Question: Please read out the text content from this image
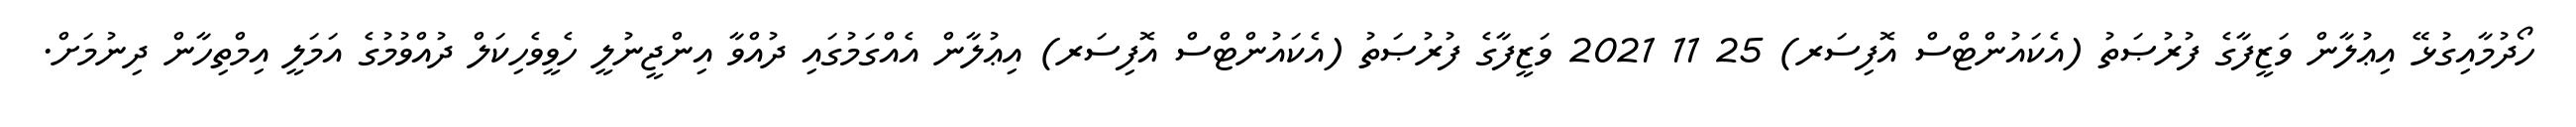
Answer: ހޯދުމާއިގުޅޭ އިޢުލާން ވަޒީފާގެ ފުރުޞަތު (އެކައުންޓްސް އޮފިސަރ) 25 11 2021 ވަޒީފާގެ ފުރުޞަތު (އެކައުންޓްސް އޮފިސަރ) އިޢުލާން އެއްގަމުގައި ދުއްވާ އިންޖީނުލީ ހެވީވެހިކަލް ދުއްވުމުގެ އަމަލީ އިމްތިހާން ދިނުމަށް.